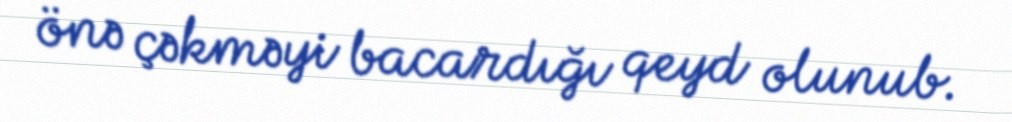
önə çəkməyi bacardığı qeyd olunub.